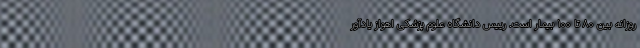
روزانه بین ۸۰ تا ۱۰۰ بیمار است. رییس دانشگاه علوم پزشکی اهواز یادآور